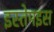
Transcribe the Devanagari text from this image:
इस्तेमइस